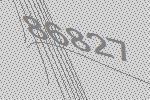
86827